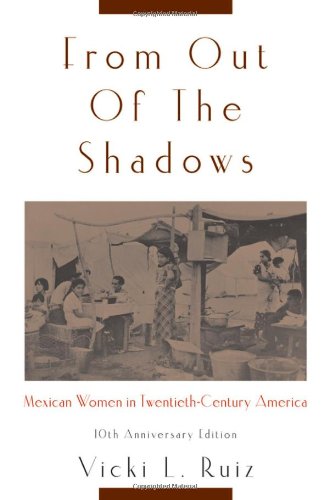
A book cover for From Out of the Shadows: Mexican Women in Twentieth-Century America; Vicki L. Ruiz; History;